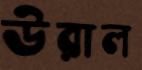
উরাল